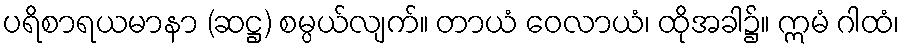
ပရိစာရယမာနာ (ဆဋ္ဌ) စမ္ပယ်လျက်။ တာယံ ဝေလာယံ၊ ထိုအခါ၌။ ဣမံ ဂါထံ၊